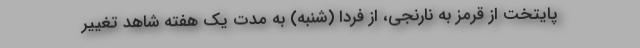
پایتخت از قرمز به نارنجی، از فردا (شنبه) به مدت یک هفته شاهد تغییر